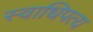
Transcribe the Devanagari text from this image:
स्वाधिपत्य